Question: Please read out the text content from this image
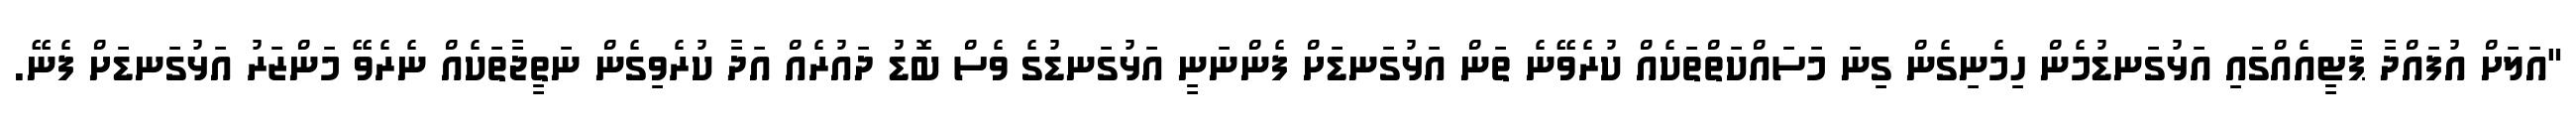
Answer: "އަލަށް އުފައްދާ ޕާޓީއެއްގައި އަޅުގަނޑުމެން ހިމެނިގެން ގިނަ މަސައްކަތްތަކެއް ކުރެވޭނެ ތަން އަޅުގަނޑަށް ފެންނަނީ އަޅުގަނޑުގެ ވެސް ބޮޑު ދައުރެއް އަދާ ކުރެވިގެން ނަތީޖާތަކެއް ނެރެވޭ މަންޒަރު އަޅުގަނޑަށް ފެނޭ.